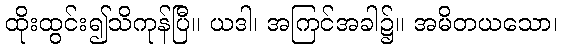
ထိုးထွင်း၍သိကုန်ပြီ။ ယဒါ၊ အကြင်အခါ၌။ အမိတယသော၊